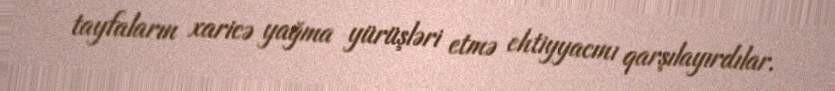
tayfaların xaricə yağma yürüşləri etmə ehtiyyacını qarşılayırdılar.